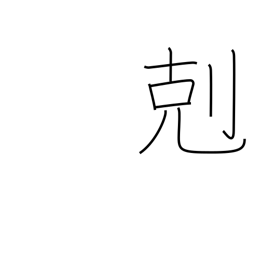
Meaning: victory